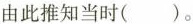
由此推知当时()。